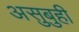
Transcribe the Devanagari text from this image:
असुबुही